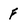
Character: F